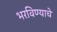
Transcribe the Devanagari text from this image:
भरविण्याचे